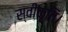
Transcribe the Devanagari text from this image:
स्वीकृति।